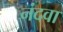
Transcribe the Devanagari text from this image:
नंदवा